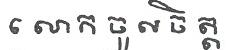
លោក ចូល ចិត្ត